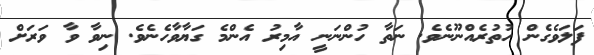
ފަލަވެގެން ހުތުރެއްނޫނެވެ. ނަތާ ހުންނަނީ އާމިރު އެންމެ ގަޔާވާހެނެވެ. ނިވާ ވާ ވަރަށް